Indian journal of veterinary science and animal husbandry - Volume 11,
Year: 1941
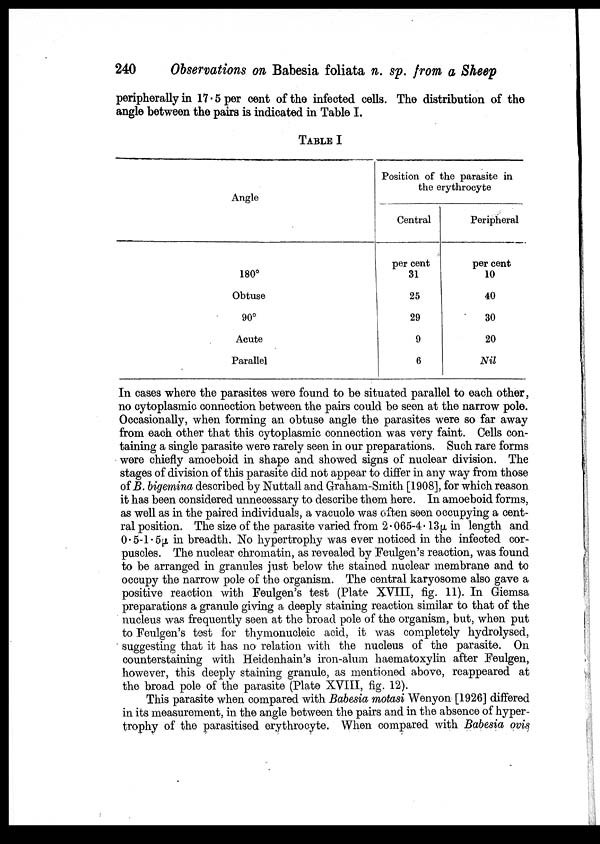
240
Observations on Babesia foliata n. sp. from a Sheep
peripherally in 17 . 5 per cent of the infected cells. The distribution of the
angle between the pairs is indicated in Table I.
TABLE I
Angle
180°
Obtuse
90°
Acute
Parallel
Position of the parasite in
the erythrocyte
Central
per cent
31
25
29
9
6
Peripheral
per cent
10
40
30
20
Nil
In cases where the parasites were found to be situated parallel to each other,
no cytoplasmic connection between the pairs could be seen at the narrow pole.
Occasionally, when forming an obtuse angle the parasites were so far away
from each other that this cytoplasmic connection was very faint. Cells con
taining a single parasite were rarely seen in our preparations. Such rare forms
were chiefly amoeboid in shape and showed signs of nuclear division. The
stages of division of this parasite did not appear to differ in any way from those
of B. bigemina described by Nuttall and Graham-Smith [1908], for which reason
it has been considered unnecessary to describe them here. In amoeboid forms,
as well as in the paired individuals, a vacuole was often seen occupying a cent
ral position. The size of the parasite varied from 2 . 065-4. 13μ in length and
0.5-1.5μ in breadth. No hypertrophy was ever noticed in the infected cor
puscles. The nuclear chromatin, as revealed by Feulgen's reaction, was found
to be arranged in granules just below the stained nuclear membrane and to
occupy the narrow pole of the organism. The central karyosome also gave a
positive reaction with Feulgen's test (Plate XVIII, fig. 11). In Giemsa
preparations a granule giving a deeply staining reaction similar to that of the
nucleus was frequently seen at the broad pole of the organism, but, when put
to Feulgen's test for thymonucleic acid, it was completely hydrolysed,
suggesting that it has no relation with the nucleus of the parasite. On
counterstaining with Heidenhain's iron-alum haematoxylin after Feulgen,
however, this deeply staining granule, as mentioned above, reappeared at
the broad pole of the parasite (Plate XVIII, fig. 12).
This parasite when compared with Babesia motasi Wenyon [1926] differed
in its measurement, in the angle between the pairs and in the absence of hyper
trophy of the parasitised erythrocyte. When compared with Babesia ovis